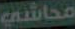
محاشي